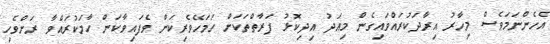
އެހެންނަމަވެސް މިހާރު އިރާދަކުރައްވައިގެން މިއަދު އިދިކޮޅު ފަރާތްތަކަށް ހަމަހޭވެރިކަން ވެފައިވާކަން ހާމަކުރައްވާ ރަށްވެހި